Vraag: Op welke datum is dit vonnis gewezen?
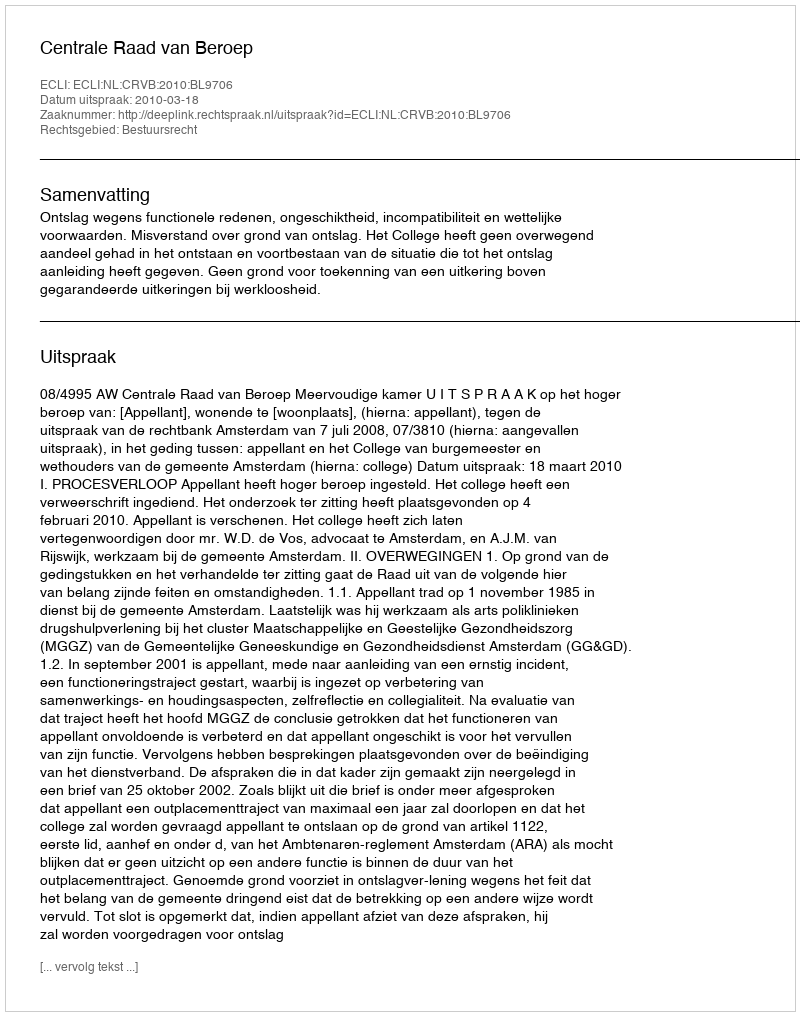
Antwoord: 2010-03-18